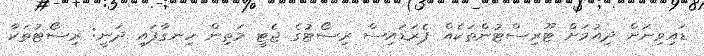
ޑައިވިނަށް ދިއުމަށް ޓޫރިސްޓުންތަކެއް ޕެރަޑައިސް ރިސޯޓުގެ ޖެޓީ މަތިން ހިނގާފައި ދަނީ: ރިސޯޓުތަކާ